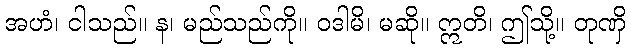
အဟံ၊ ငါသည်။ န၊ မည်သည်ကို။ ဝဒါမိ၊ မဆို။ ဣတိ၊ ဤသို့။ တုဏှိ